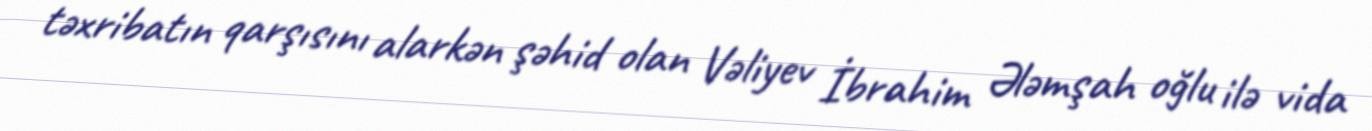
təxribatın qarşısını alarkən şəhid olan Vəliyev İbrahim Ələmşah oğlu ilə vida